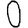
Digit: 0